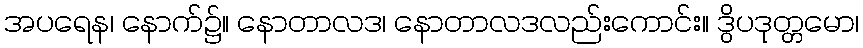
အပရေန၊ နောက်၌။ နောတာလဒ၊ နောတာလဒလည်းကောင်း။ ဒွိပဒုတ္တမော၊